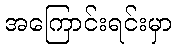
အကြောင်းရင်းမှာ